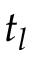
t _ { l }